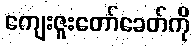
ကျေးဇူးတော်ခေတ်ကို